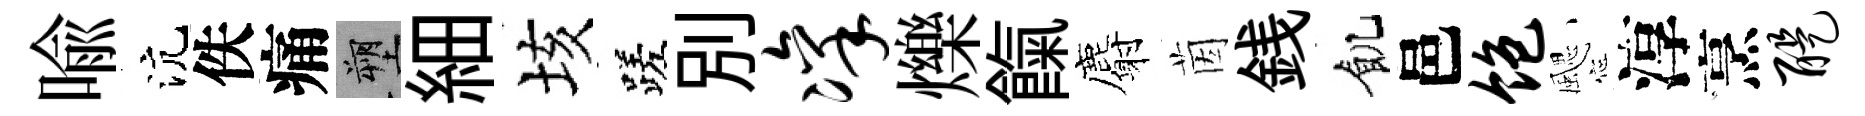
喻沆佚痛塑細垓蹉別凛爍餼麝茵銭飢邑饱颸淳烹醍